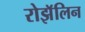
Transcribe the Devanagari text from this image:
रोझॅलिन